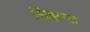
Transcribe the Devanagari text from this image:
सिझन्स